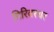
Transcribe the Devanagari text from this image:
गिरिवरधर